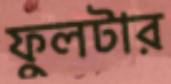
ফুলটার